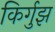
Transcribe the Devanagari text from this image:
किर्गुझ